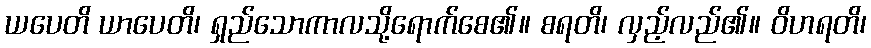
ယပေတိ ယာပေတိ၊ ရှည်သောကာလသို့ရောက်စေ၏။ စရတိ၊ လှည့်လည်၏။ ဝိဟရတိ၊